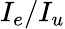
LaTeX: I_{e}/I_{u}